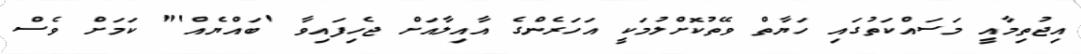
އިޖުތިމާއީ މަސައްކަތުގައި ހަޔާތް ވޭތުކޮށްލުމަކީ އަަހަރެންގެ އާއިލާއަށް ޖެހިފައިވާ 'ބައްޔެއް'" ކަމަށް ވެސް